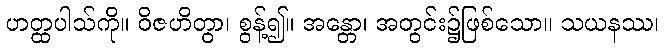
ဟတ္ထပါသ်ကို။ ဝိဇဟိတွာ၊ စွန့်၍။ အန္တော၊ အတွင်း၌ဖြစ်သော။ သယနဿ၊